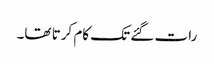
رات گئے تک کام کرتا تھا۔